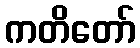
ကတိတော်